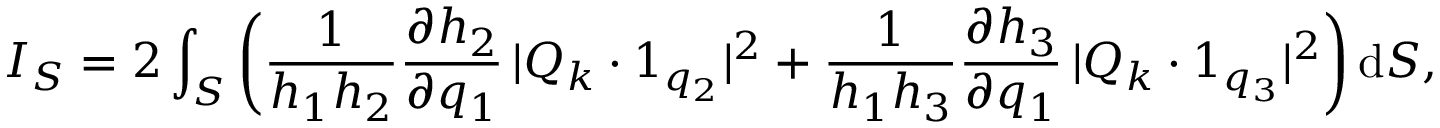
I _ { S } = 2 \int _ { S } \left( \frac { 1 } { h _ { 1 } h _ { 2 } } \frac { \partial h _ { 2 } } { \partial q _ { 1 } } \, | \boldsymbol { Q } _ { k } \boldsymbol { \cdot } \boldsymbol { 1 } _ { q _ { 2 } } | ^ { 2 } + \frac { 1 } { h _ { 1 } h _ { 3 } } \frac { \partial h _ { 3 } } { \partial q _ { 1 } } \, | \boldsymbol { Q } _ { k } \boldsymbol { \cdot } \boldsymbol { 1 } _ { q _ { 3 } } | ^ { 2 } \right) \mathrm { d } S ,